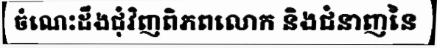
ចំណេះដឹងជុំវិញពិភពលោក និងជំនាញនៃ